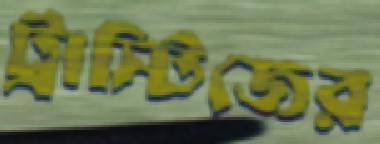
ট্রাস্টিজের